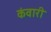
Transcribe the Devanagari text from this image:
कंवारी